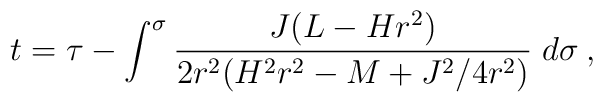
t=\tau-\int^\sigma\frac{J(L-Hr^2)}{2r^2(H^2r^2-M+J^2/4r^2)}\;d\sigma\:,